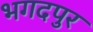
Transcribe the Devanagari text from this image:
भगदपुर